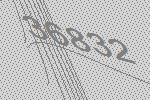
36832